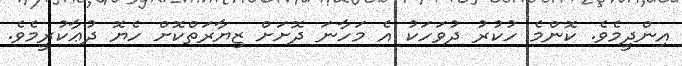
އިންދީމެވެ. ކޮންމެ ހުކުރު ދުވަހަކު އެ މަހާނަ ދޮށަށް ޒިޔާރަތްކޮށް ހެޔޮ ދުޢާކުރީމެވެ.